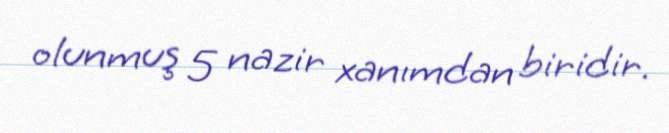
olunmuş 5 nazir xanımdan biridir.